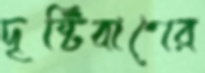
দৃষ্টিবাণের